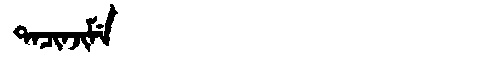
Manchu: ᡨᠠᠴᡳᠨᠵᡳᠮᡝ
Romanization: TACINJIME